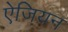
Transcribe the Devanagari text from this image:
ऐजियन